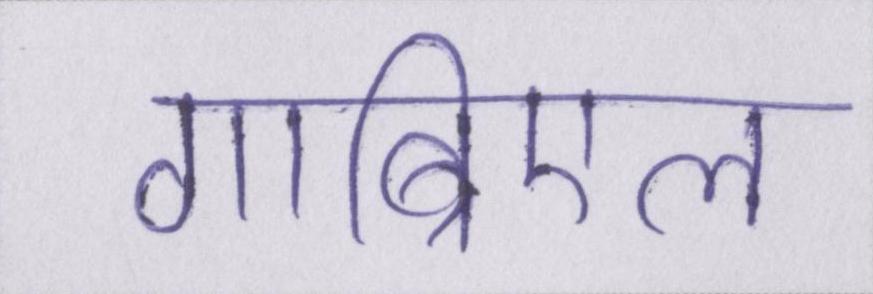
गाब्रिएल